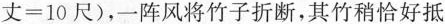
丈=10尺），一阵风将竹子折断，其竹稍恰好抵